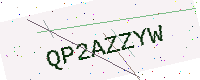
Text: QP2AZZYW